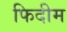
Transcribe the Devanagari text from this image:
फिदीम